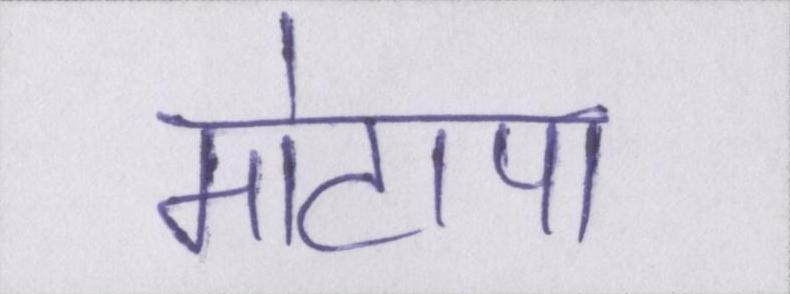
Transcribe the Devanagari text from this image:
मोटापा